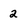
Character: 2